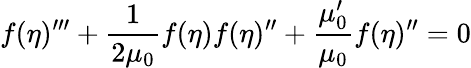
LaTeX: f(\eta)^{\prime\prime\prime}+\frac{1}{2\mu_{0}}f(\eta)f(\eta)^{\prime\prime}+\frac{\mu_{0}^{\prime}}{\mu_{0}}f(\eta)^{\prime\prime}=0